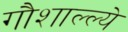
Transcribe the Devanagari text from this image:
गौशाल्ल्ये